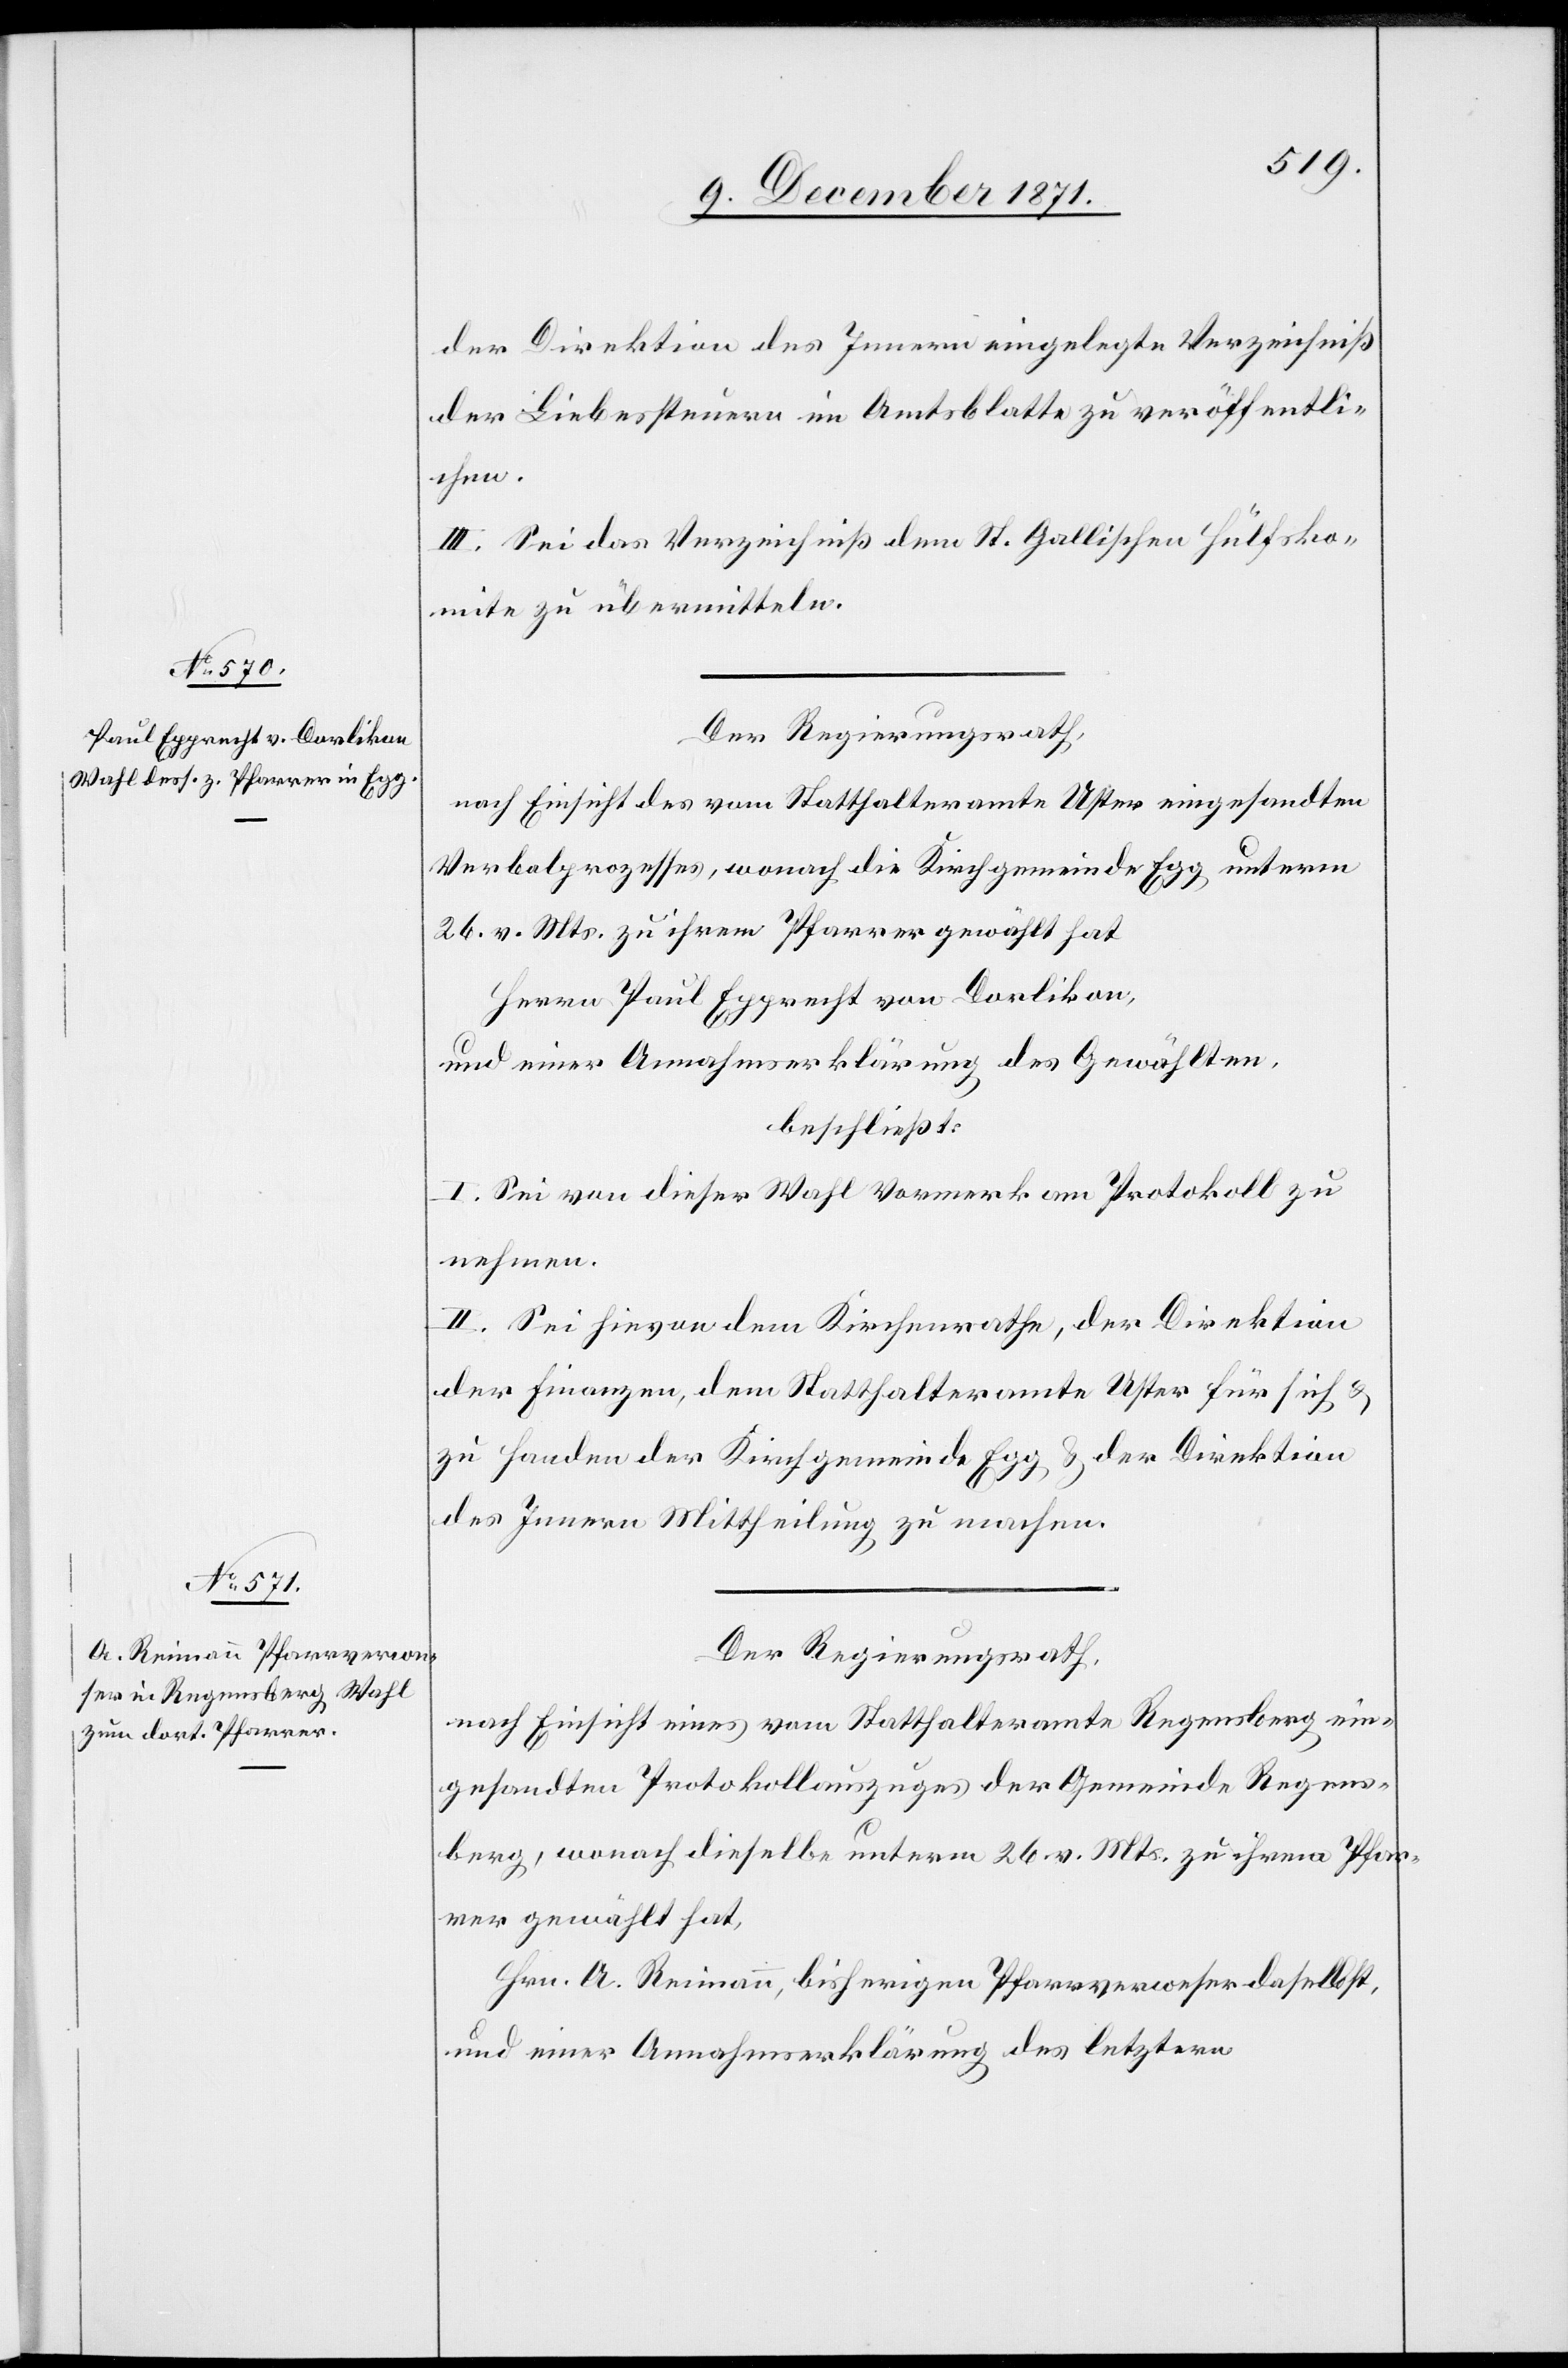
der Direktion des Innern eingelegte Verzeichniß
der Liebesteuern im Amtsblatte zu veröffentli¬
chen.
III. Sei das Verzeichniß dem St. Gallischen Hülfsko¬
mite zu übermitteln.
Der Regierungsrath,
nach Einsicht des vom Statthalteramte Uster eingesandten
Verbalprozesses, wonach die Kirchgemeinde Egg unterm
26. v. Mts. zu ihrem Pfarrer gewählt hat
Herrn Paul Epprecht von Dorlikon,
und einer Annahmserklärung des Gewählten,
beschließt:
I. Sei von dieser Wahl Vormerk am Protokoll zu
nehmen.
II. Sei hievon dem Kirchenrathe, der Direktion
der Finanzen, dem Statthalteramte Uster für sich &
zu Handen der Kirchgemeinde Egg & der Direktion
des Innern Mittheilung zu machen.
Der Regierungsrath,
nach Einsicht eines vom Statthalteramte Regensberg ein¬
gesandten Protokollauszuges der Gemeinde Regens¬
berg, wonach dieselbe unterm 26. v. Mts. zu ihrem Pfar¬
rer gewählt hat,
Hrn. A. Reimann, bisheriger Pfarrverweser daselbst,
und einer Annahmeerklärung des letztern